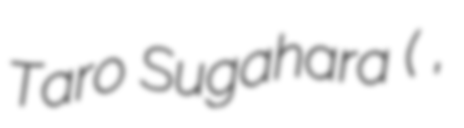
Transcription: Taro Sugahara (菅原 太郎,